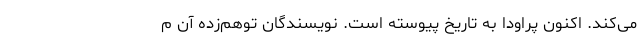
می‌کند. اکنون پراودا به تاریخ پیوسته است. نویسندگان توهم‌زده آن م